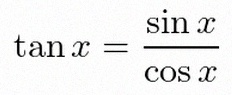
\tan x=\frac{\sin x}{\cos x}